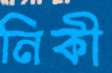
নিকী